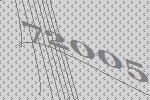
72005